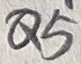
Text: Q5